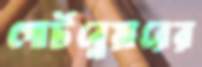
পোর্টব্লেয়ারের